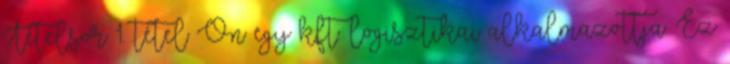
Tételsor 1. tétel Ön egy kft. logisztikai alkalmazottja. Ez